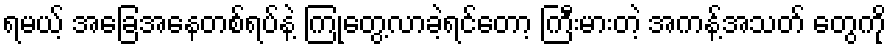
ရမယ့် အခြေအနေတစ်ရပ်နဲ့ ကြုံတွေ့လာခဲ့ရင်တော့ ကြီးမားတဲ့ အကန့်အသတ် တွေကို